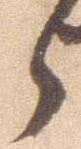
々